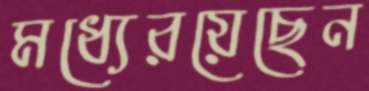
মধ্যেরয়েছেন